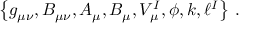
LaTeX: \left\{ g _ { \mu \nu } , B _ { \mu \nu } , A _ { \mu } , B _ { \mu } , V _ { \mu } ^ { I } , \phi , k , \ell ^ { I } \right\} \, .